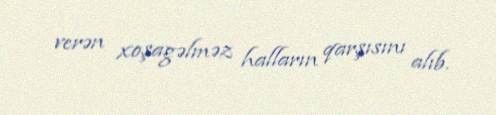
verən xoşagəlməz halların qarşısını alıb.